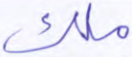
ملك